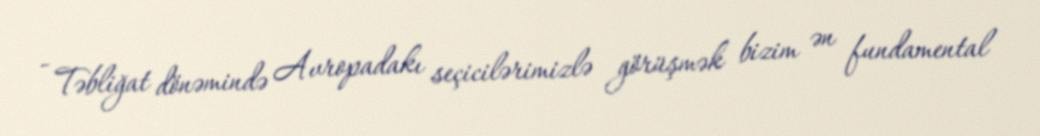
- Təbliğat dönəmində Avropadakı seçicilərimizlə görüşmək bizim ən fundamental